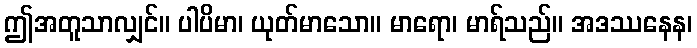
ဤအတူသာလျှင်။ ပါပိမာ၊ ယုတ်မာသော။ မာရော၊ မာရ်သည်။ အဒဿနေန၊